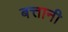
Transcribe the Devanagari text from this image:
बत्तानी